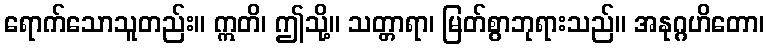
ရောက်သောသူတည်း။ ဣတိ၊ ဤသို့။ သတ္တာရာ၊ မြတ်စွာဘုရားသည်။ အနုဂ္ဂဟိတော၊